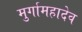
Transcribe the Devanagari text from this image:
मुर्गामहादेव